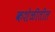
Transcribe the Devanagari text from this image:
कशेळीतील